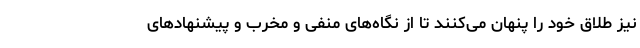
نیز طلاق خود را پنهان می‌کنند تا از نگاه‌های منفی و مخرب و پیشنهادهای